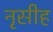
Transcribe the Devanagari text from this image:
नृसीह